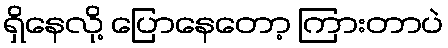
ရှိနေလို့ ပြောနေတော့ ကြားတာပဲ